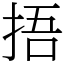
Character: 捂